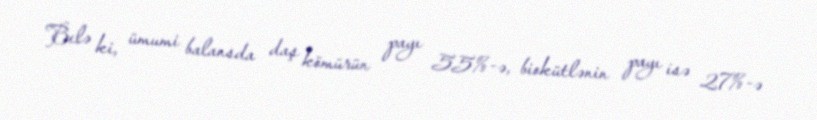
Belə ki, ümumi balansda daş kömürün payı 55%-ə, biokütlənin payı isə 27%-ə